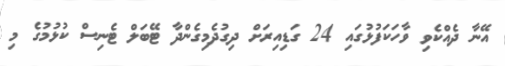
އޭނާ ދެއްކެވި ވާހަކަފުޅުގައި 24 ގަޑިއިރަށް ދިގުދެމިގެންދާ ޓޭބަލް ޓެނިސް ކުޅުމުގެ މި